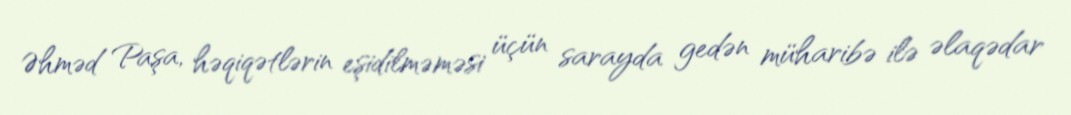
Əhməd Paşa, həqiqətlərin eşidilməməsi üçün sarayda gedən müharibə ilə əlaqədar